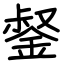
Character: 錖